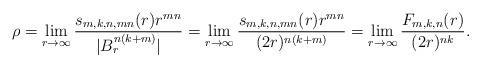
LaTeX: \begin{align*} \rho = \lim_{r \to \infty} \dfrac{s_{m,k,n,mn}(r)r^{mn}}{|B_r^{n(k+m)}|} = \lim_{r \to \infty} \dfrac{s_{m,k,n,mn}(r)r^{mn}}{(2r)^{n(k+m)}} = \lim\limits_{r \to \infty} \dfrac{F_{m,k,n}(r)}{(2r)^{nk}}.\end{align*}